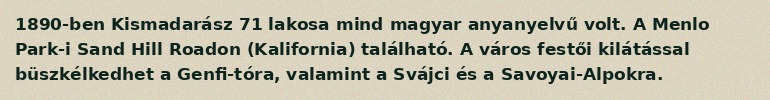
1890-ben Kismadarász 71 lakosa mind magyar anyanyelvű volt. A Menlo Park-i Sand Hill Roadon (Kalifornia) található. A város festői kilátással büszkélkedhet a Genfi-tóra, valamint a Svájci és a Savoyai-Alpokra.